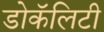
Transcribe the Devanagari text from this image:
डोकॅलिटी